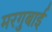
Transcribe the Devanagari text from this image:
मरगुबाई